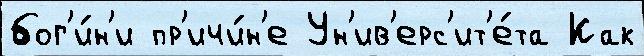
бог'и́н'и пр'ичи́н'е Ун'ив'ерс'ит'е́та Как